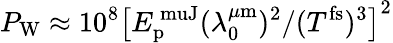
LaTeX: P_{\mathrm{W}}\approx 10^{8}\left[E_{\mathrm{p}}^{\mathrm{{\ muJ}}}(\lambda_{0}^{\mu\mathrm{{m}}})^{2}/(T^{\mathrm{{fs}}})^{3}\right]^{2}